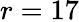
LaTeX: r=17